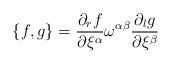
LaTeX: \begin{align*}\{f,g\}=\frac{\partial_rf}{\partial\xi^{\alpha}}\omega^{\alpha\beta}\frac{\partial_lg}{\partial\xi^{\beta}}\end{align*}